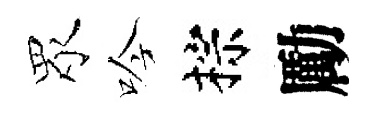
眾吟棕勵